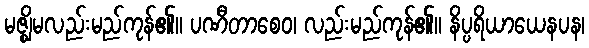
မဇ္ဈိမလည်းမည်ကုန်၏။ ပဏီတာစေဝ၊ လည်းမည်ကုန်၏။ နိပ္ပရိယာယေနပန၊